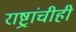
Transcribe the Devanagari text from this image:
राष्ट्रांचीही